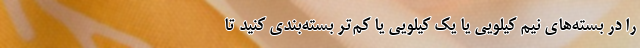
را در بسته‌های نیم کیلویی یا یک کیلویی یا کم‌تر بسته‌بندی کنید تا